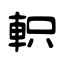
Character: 軹